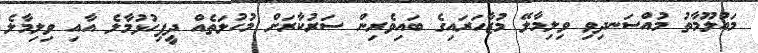
މައުލޫމާތު މުއްސަނދިވި ވިލިމާލޭ މުޒާހަރައިގެ ބައިވެރިން ސަރުކާރަށް މުހުލަތެއް ދީފިހުޅުމާލެ އާއި ވިލިމާލެ